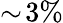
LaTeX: \sim\! 3\%